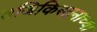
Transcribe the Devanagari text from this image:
तजिकिस्तनाच्या